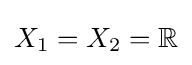
X_{1}=X_{2}=\mathbb {R}